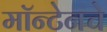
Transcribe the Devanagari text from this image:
मॉन्टेनचे